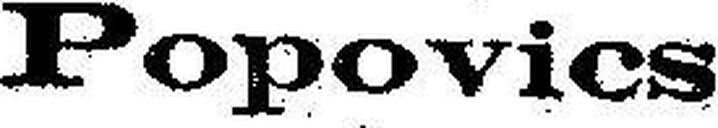
Popovics